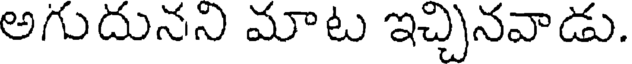
అగుదునని మాట ఇచ్చినవాడు.